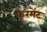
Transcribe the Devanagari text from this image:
फरमेंट